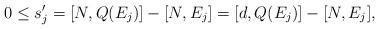
LaTeX: \begin{align*}0\leq s'_j=[N,Q(E_j)]-[N,E_j]=[d,Q(E_j)]-[N,E_j],\end{align*}